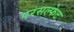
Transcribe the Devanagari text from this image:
परसल्फेट